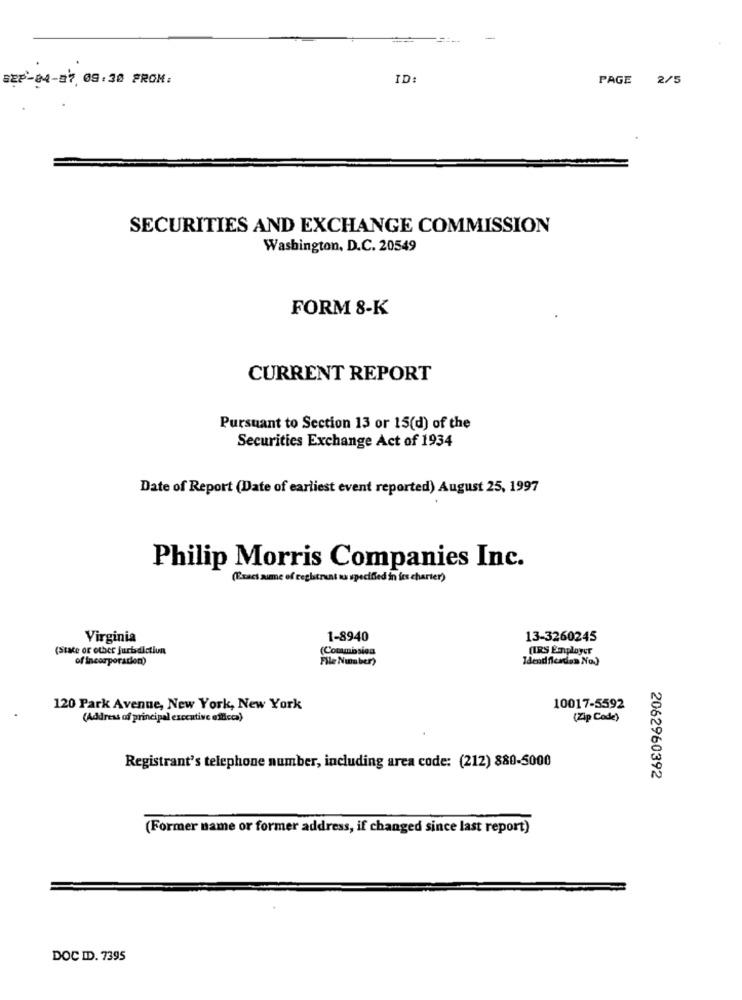
SEP-04-07, 09:30 PROM.
ID
PAGE 2/5
SECURITIES AND EXCHANGE COMMISSION
Washington, D.C. 20549
FORM 8-K
CURRENT REPORT
Pursuant to Section 13 or 15(d) of the
Securities Exchange Act of 1934
Date of Report (Date of earliest event reported) August 25, 1997
Philip Morris Companies Inc.
(Exact aime of registruunt as specified in fes charter)
Virginia
1-8940
13-3260245
(State or other jurisdiction
(Commission
(IRS Employer
of Incorporadon)
File Number)
Identificadas No.)
120 Park Avenue, New York, New York
10017-5592
(Address of principal executive officca)
(Zip Code)
Registrant's telephone number, including area code: (212) 880-5000
2062960392
(Former name or former address, if changed since last report)
DOC ID. 7395